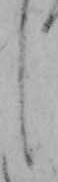
し